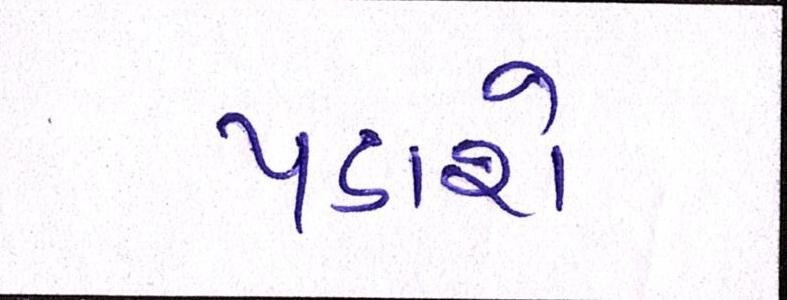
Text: પડાશે